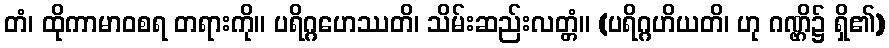
တံ၊ ထိုကာမာဝစရ တရားကို။ ပရိဂ္ဂဟေဿတိ၊ သိမ်းဆည်းလတ္တံ။ (ပရိဂ္ဂဟိယတိ၊ ဟု ဂဏ္ဌိ၌ ရှိ၏)